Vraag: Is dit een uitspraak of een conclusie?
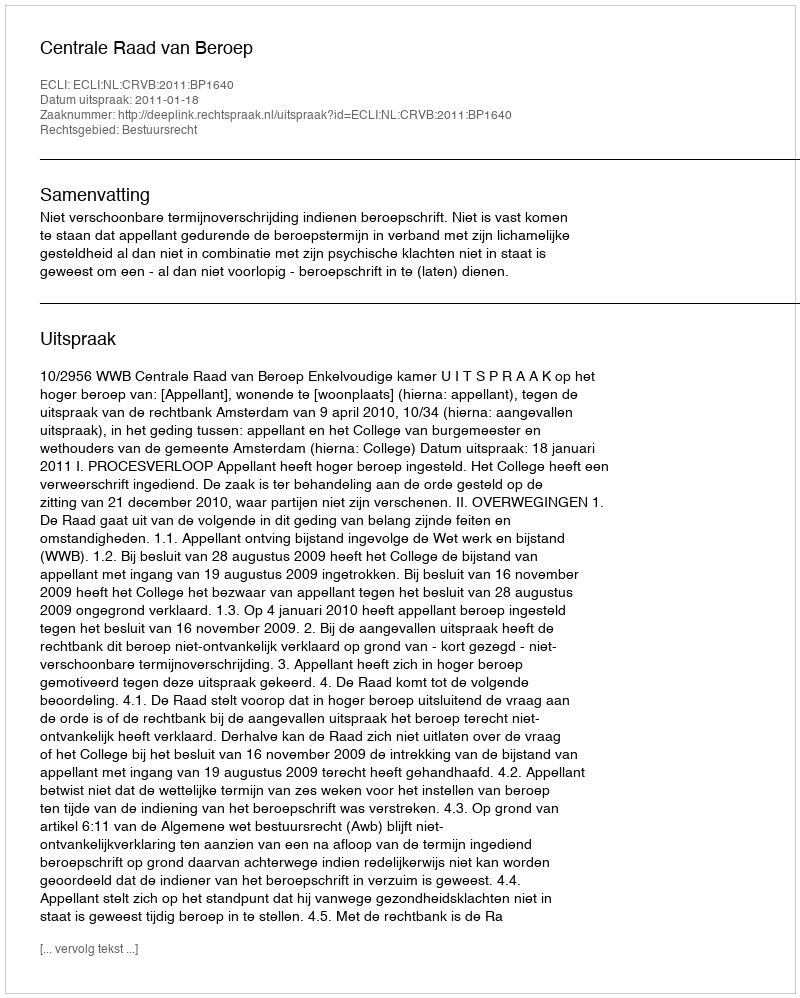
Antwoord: Uitspraak